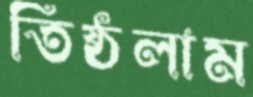
তিষ্ঠলাম